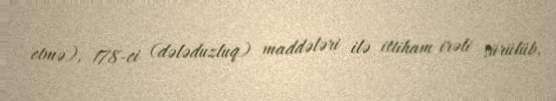
etmə), 178-ci (dələduzluq) maddələri ilə ittiham irəli sürülüb.